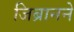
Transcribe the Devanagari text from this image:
जिब्रानने